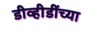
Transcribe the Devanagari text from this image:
डीव्हीडींच्या